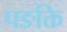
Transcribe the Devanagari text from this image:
पङक्ति